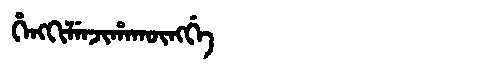
Manchu: ᡥᡝᠩᡴᡳᠯᡝᠨᠵᡳᡥᠠᡴᡡᠩᡤᡝ
Romanization: HENGKILENJIHAKŪNGGE